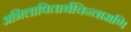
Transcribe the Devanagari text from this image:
अभिलाषितार्थचिन्तामणि